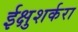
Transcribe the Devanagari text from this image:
ईक्षुशर्करा